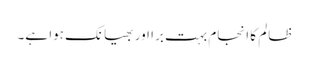
ظالم کا انجام بہت برا اور بھیانک ہوا ہے۔